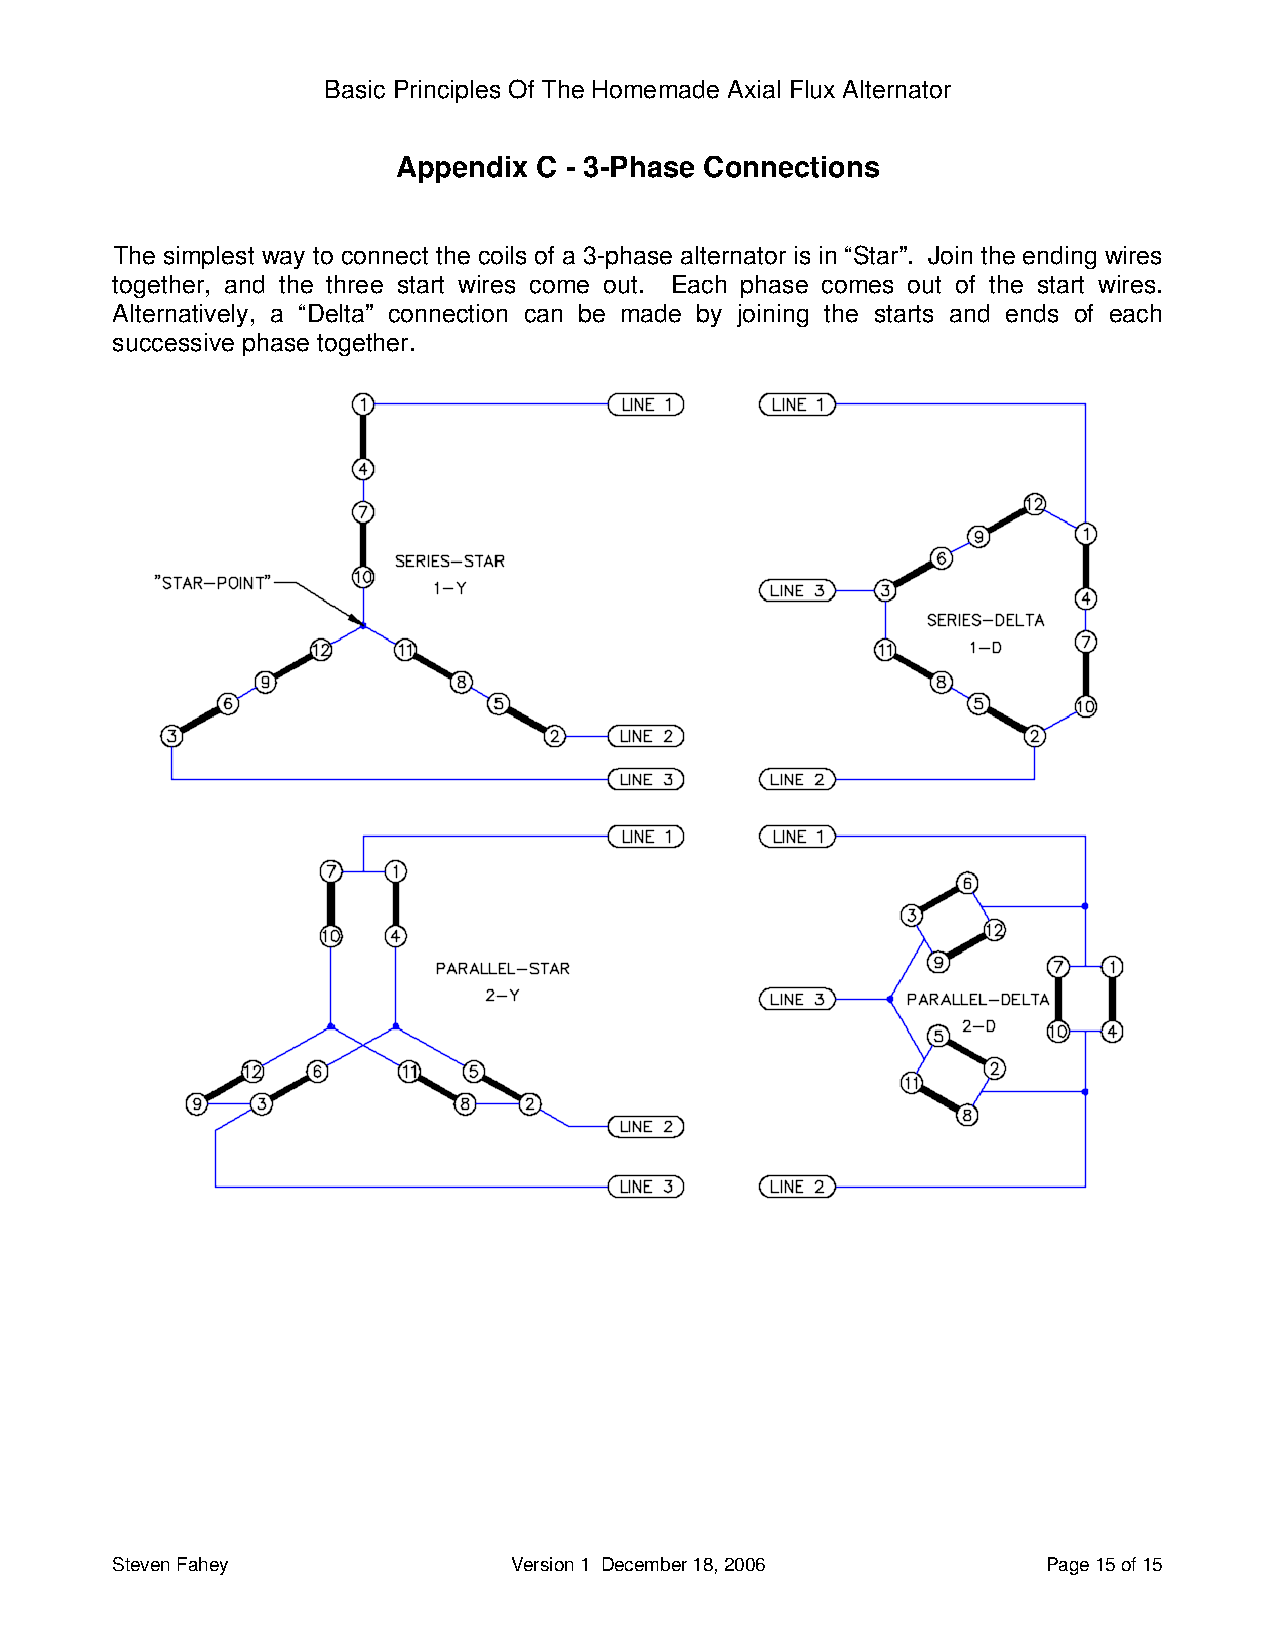
Basic Principles Of The Homemade Axial Flux Alternator
 Appendix C - 3-Phase Connections
 The simplest way to connect the coils of a 3-phase alternator is in “Star”. Join the ending wires
 together, and the three start wires come out. Each phase comes out of the start wires.
 Alternatively, a “Delta” connection can be made by joining the starts and ends of each
 successive phase together.
 Steven Fahey               Version 1 December 18, 2006        Page 15 of 15